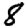
Digit: 8